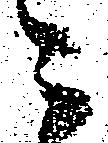
ニ